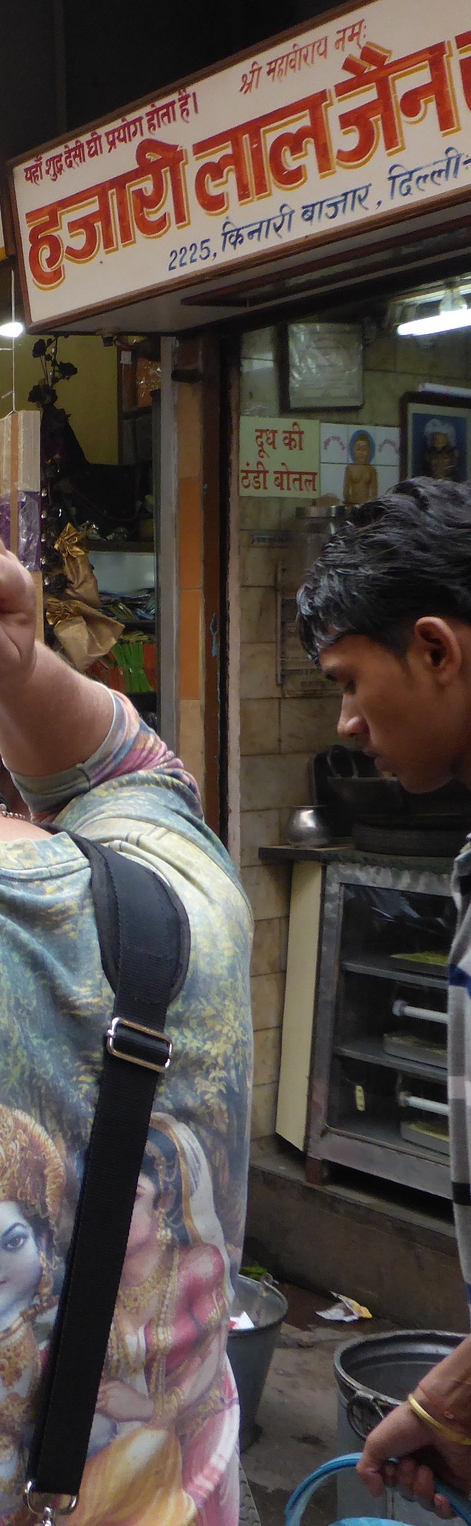
Language: hindi
Transcription: श्री महावीराय शुद्र किनारी दिल्ली हजारी जैन देसी घी है। प्रयोग लाल यहाँ बाजार होता